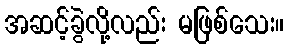
အဆင့်ခွဲလို့လည်း မဖြစ်သေး။